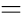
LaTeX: =